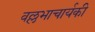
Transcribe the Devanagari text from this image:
वल्लभाचार्यकी